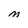
Character: M